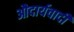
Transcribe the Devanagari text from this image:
औदार्यवादी